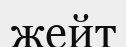
жейт